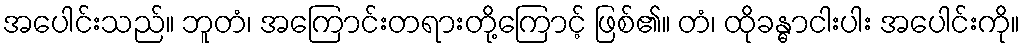
အပေါင်းသည်။ ဘူတံ၊ အကြောင်းတရားတို့ကြောင့် ဖြစ်၏။ တံ၊ ထိုခန္ဓာငါးပါး အပေါင်းကို။